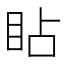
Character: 䀡